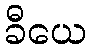
ခီယေ